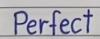
Perfect